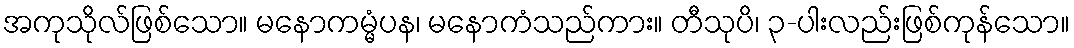
အကုသိုလ်ဖြစ်သော။ မနောကမ္မံပန၊ မနောကံသည်ကား။ တီသုပိ၊ ၃-ပါးလည်းဖြစ်ကုန်သော။